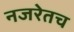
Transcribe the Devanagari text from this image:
नजरेतच